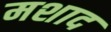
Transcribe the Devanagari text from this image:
मशाद